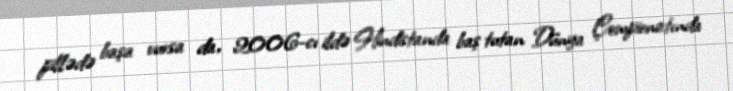
pillədə başa vursa da, 2006-cı ildə Hindistanda baş tutan Dünya Çempionatında